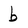
Character: b